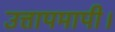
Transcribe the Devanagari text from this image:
उत्तापमापी।